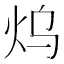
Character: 𤆡